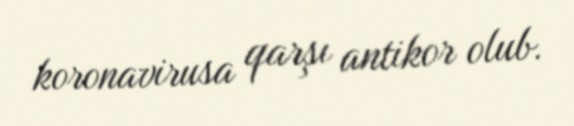
koronavirusa qarşı antikor olub.